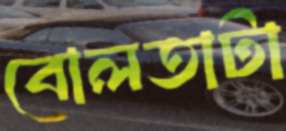
বোলতাটা